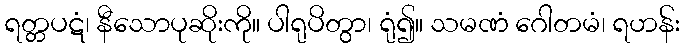
ရတ္တပဋံ၊ နီသောပုဆိုးကို။ ပါရုပိတွာ၊ ရုံ၍။ သမဏံ ဂေါတမံ၊ ရဟန်း